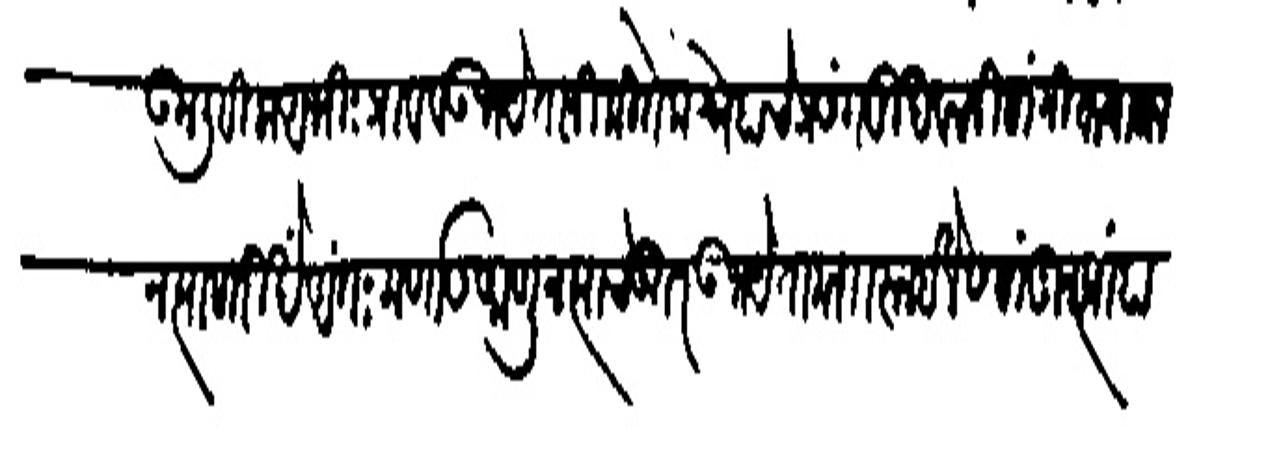
Transliteration (Devanagari): पाऊन लिहिला अभिःआद व उभयेतानी कितेक स्नेहाचे प्रसंग मुखवचनी सांगितल्यावर
न त्यासारिसें अंतःकर्णास आणून र्याचे उतर उभयेता मझासलईलेस सांगून त्यां हाती